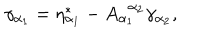
\gamma _ { \alpha _ { 1 } } = \eta _ { \alpha _ { 1 } } ^ { * } - A _ { \alpha _ { 1 } } ^ { \; \; \alpha _ { 2 } } \gamma _ { \alpha _ { 2 } } ,